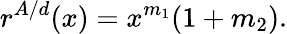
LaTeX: r^{A/d}(x)=x^{m_{1}}(1+m_{2}).